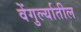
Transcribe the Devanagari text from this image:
वेंगुर्ल्यातील